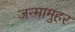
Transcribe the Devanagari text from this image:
जन्मामुहर